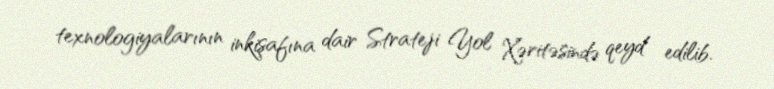
texnologiyalarının inkişafına dair Strateji Yol Xəritəsində qeyd edilib.